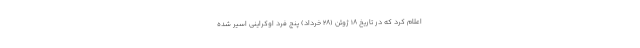
اعلام کرد که در تاریخ 18 ژوئن (28 خرداد) پنج فرد اوکراینی اسیر شده